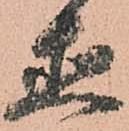
直